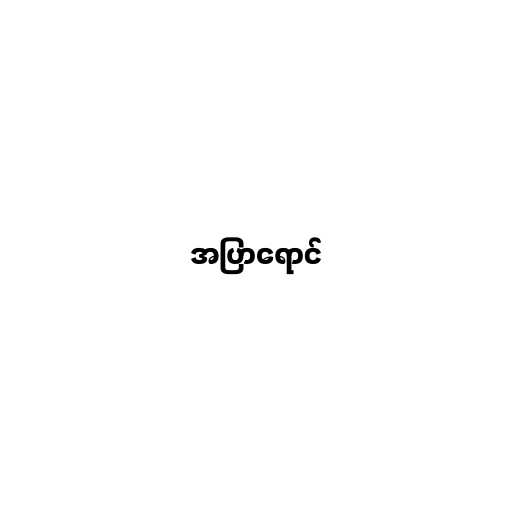
အပြာရောင်